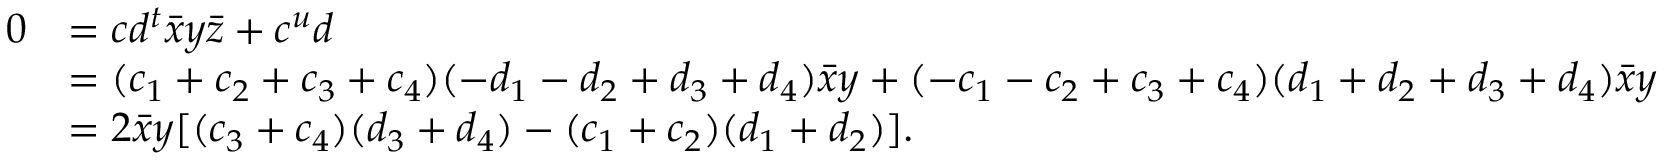
\begin{array} { r l } { 0 } & { = c d ^ { t } \bar { x } y \bar { z } + c ^ { u } d } \\ & { = ( c _ { 1 } + c _ { 2 } + c _ { 3 } + c _ { 4 } ) ( - d _ { 1 } - d _ { 2 } + d _ { 3 } + d _ { 4 } ) \bar { x } y + ( - c _ { 1 } - c _ { 2 } + c _ { 3 } + c _ { 4 } ) ( d _ { 1 } + d _ { 2 } + d _ { 3 } + d _ { 4 } ) \bar { x } y } \\ & { = 2 \bar { x } y [ ( c _ { 3 } + c _ { 4 } ) ( d _ { 3 } + d _ { 4 } ) - ( c _ { 1 } + c _ { 2 } ) ( d _ { 1 } + d _ { 2 } ) ] . } \end{array}